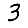
Digit: 3